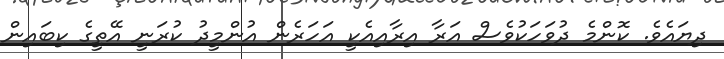
ދިޔައެވެ. ކޮންމެ ދުވަހަކުވެސް އަރާ އިރާއިއެކީ އަހަރެން އުންމީދު ކުރަނީ އޭތީގެ ކިބައިން